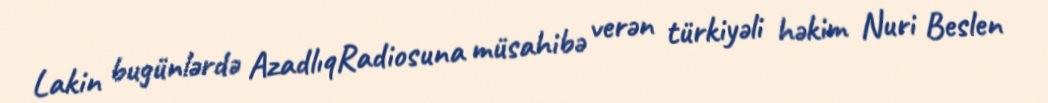
Lakin bugünlərdə AzadlıqRadiosuna müsahibə verən türkiyəli həkim Nuri Beslen